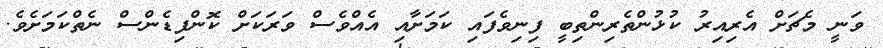
ވަނީ މެޗަށް އެރިއިރު ކުޅުންތެރިންތިބީ ފިނިވެފައި ކަމަށާއި އެއްވެސް ވަރަކަށް ކޮންފިޑެންސް ނެތްކަމަށެވެ.